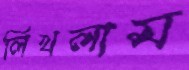
লিখলাম